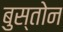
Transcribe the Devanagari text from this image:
बुस्तोन